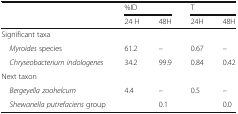
<table><thead><tr><td rowspan="2"></td><td colspan="2"><b>%ID</b></td><td colspan="2"><b>T</b></td></tr><tr><td><b>24 H</b></td><td><b>48H</b></td><td><b>24H</b></td><td><b>48H</b></td></tr></thead><tbody><tr><td colspan="5">Significant taxa</td></tr><tr><td> <i>Myroides</i> species</td><td>61.2</td><td>–</td><td>0.67</td><td>–</td></tr><tr><td> <i>Chryseobacterium indologenes</i></td><td>34.2</td><td>99.9</td><td>0.84</td><td>0.42</td></tr><tr><td colspan="5">Next taxon</td></tr><tr><td> <i>Bergeyella zoohelcum</i></td><td>4.4</td><td>–</td><td>0.5</td><td>–</td></tr><tr><td> <i>Shewanella putrefaciens</i> group</td><td></td><td>0.1</td><td></td><td>0.0</td></tr></tbody></table>